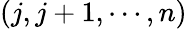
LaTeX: (j,j+1,\cdots,n)